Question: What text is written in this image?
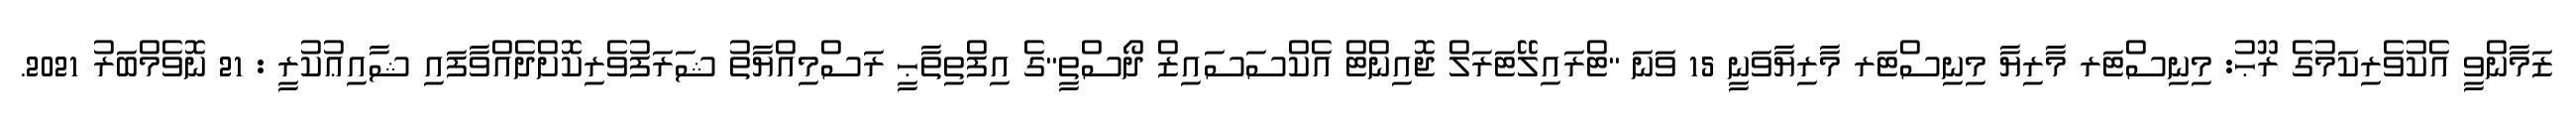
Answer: ޒަމާންވީ އެކުވެރިކަމުގެ ރޫޙު: މިނިސްޓަރ މާރިޔާ މިނިސްޓަރ މާރިޔާވަނީ 15 ވަނަ "ޓްރައިލޭޓަރަލް ޖޮއިންޓް އެކްސަސައިޒް ދޯސްތީ"ގެ އިފްތިތާޙީ ރަސްމިއްޔާތު ޝަރަފުވެރިކޮށްދެއްވާފައި ޝާއިޢުކުރީ : 21 ނޮވެމްބަރު 2021.